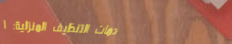
خدمات التنظيف المنزلية: ا